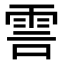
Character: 𮦊